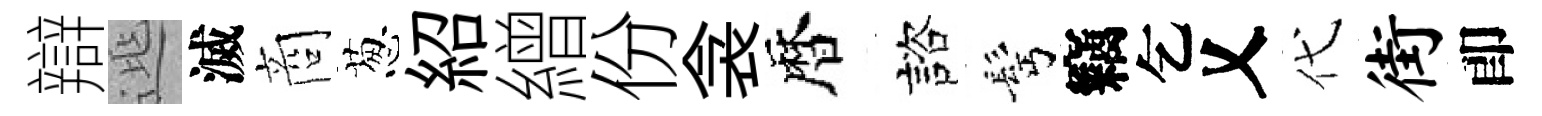
辯𨓱滅商葱紹繒份衾暦諮髩竊乞乂代街卽